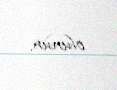
olunur.